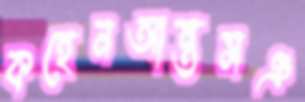
কহেনআন্তসঞ